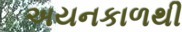
અયનકાળથી